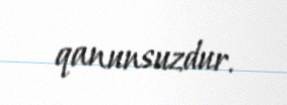
qanunsuzdur.